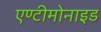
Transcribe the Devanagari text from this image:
एण्टीमोनाइड